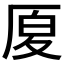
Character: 𠩴